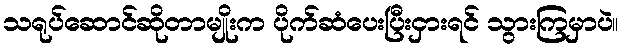
သရုပ်ဆောင်ဆိုတာမျိုးက ပိုက်ဆံပေးပြီးငှားရင် သွားကြမှာပဲ။